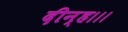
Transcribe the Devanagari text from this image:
दीन्‍ह।।।